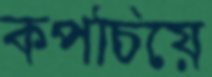
কপচিয়ে